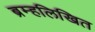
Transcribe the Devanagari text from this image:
ब्रम्हलिखित